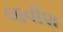
લાવીશ